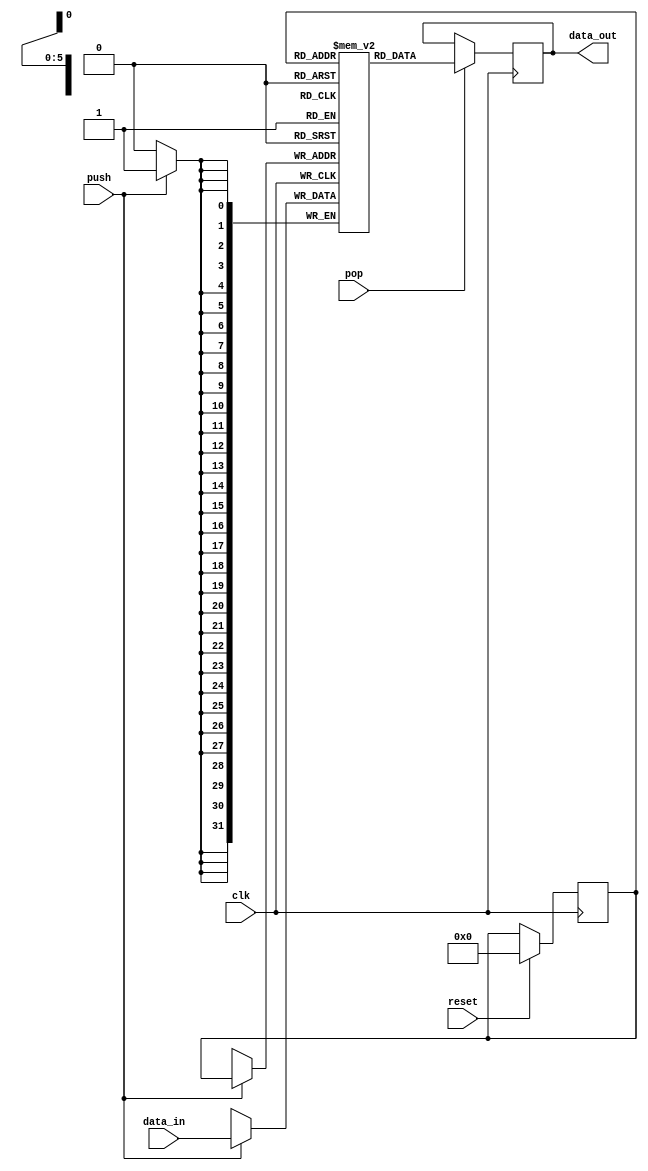
module StackMemory (
    input wire clk,        // Clock signal
    input wire reset,        // Reset signal
    input wire push,       // Push control signal (write data to stack)
    input wire pop,        // Pop control signal (read data from stack)
    input wire [31:0] data_in,  // Data to be written to the stack
    output reg [31:0] data_out  // Data read from the stack
);

    parameter DEPTH = 64;  // Depth of the stack memory
    reg [31:0] mem [0:DEPTH-1];  // Stack memory with 64 words of 32 bits each
    reg [5:0] stack_addr; // Address for stack memory

    // Initialize stack_addr to 0
    initial begin
        stack_addr = 6'b000000;
    end

    always @(posedge clk) begin
        // Write operation (push)
        if (push) begin
            mem[stack_addr] <= data_in;
            stack_addr <= stack_addr + 1;
        end
        // Read operation (pop)
        if (pop) begin
            stack_addr <= stack_addr - 1;
            data_out <= mem[stack_addr];
        end
        if (reset)begin
            stack_addr = 6'b000000;
        end
        $display("STACK :: Stack_add = %b, PUSH = %b, POP = %b, DATA_IN = %h",stack_addr,push,pop,data_in);
    end
endmodule